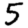
Digit: 5